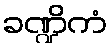
ခဏ္ဍိကံ